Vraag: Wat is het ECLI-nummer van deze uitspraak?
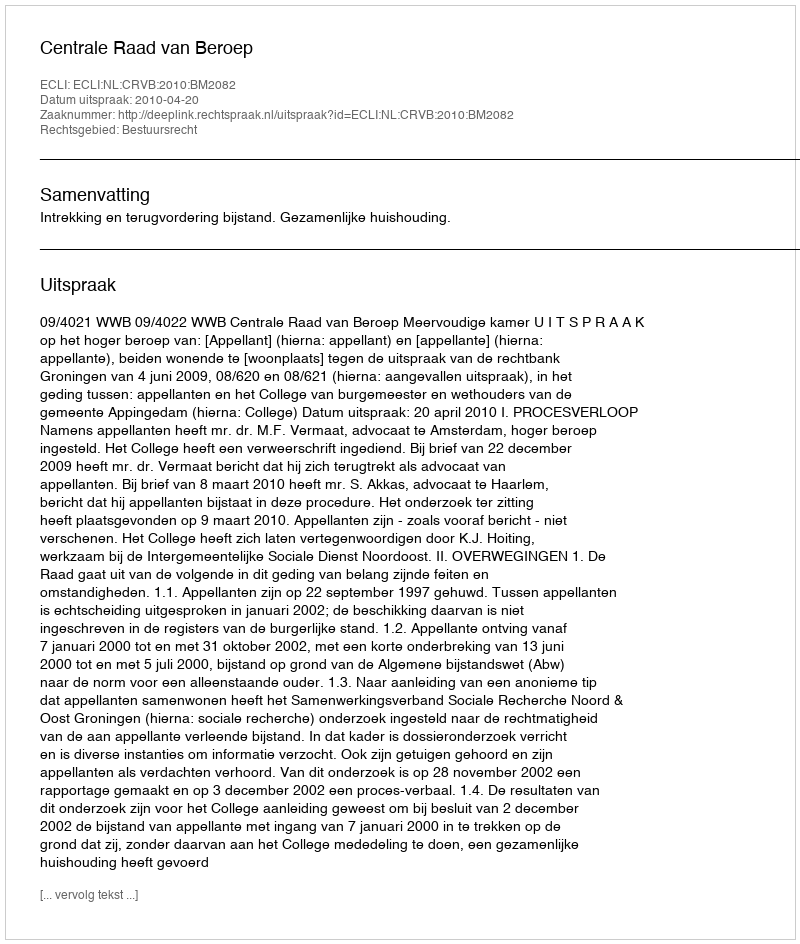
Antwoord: ECLI:NL:CRVB:2010:BM2082